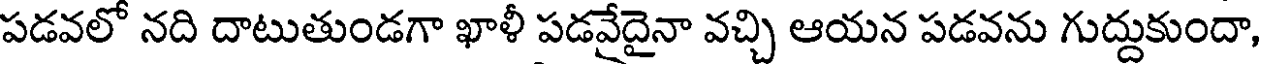
పడవలో నది దాటుతుండగా ఖాళీ పడవేదైనా వచ్చి ఆయన పడవను గుద్దుకుందా,